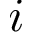
i